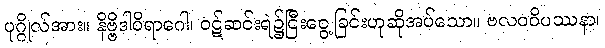
ပုဂ္ဂိုလ်အား။ နိဗ္ဗိဒါဝိရာဂေါ၊ ဝဋ်ဆင်းရဲ၌ငြီးငွေ့ခြင်းဟုဆိုအပ်သော။ ဗလဝဝိပဿနာ၊